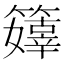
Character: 𥶜